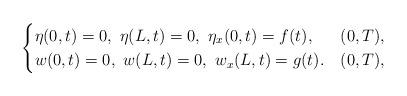
LaTeX: \begin{align*}\begin{cases}\eta(0,t)=0,\,\,\eta(L,t)=0,\,\,\eta_{x}(0,t)=f(t),& (0,T), \\w(0,t)=0,\,\,w(L,t)=0,\,\,w_{x}(L,t)=g(t).& (0,T),\end{cases}\end{align*}